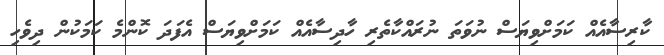
ކާރިސާއެއް ކަމަށްވިޔަސް ނުވަތަ ނުރައްކާތެރި ހާދިސާއެއް ކަމަށްވިޔަސް އެފަދަ ކޮންމެ ކަމަކުން ދިވެހި